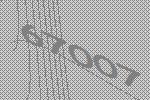
67007